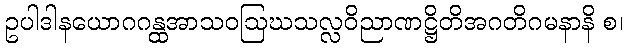
ဥပါဒါနယောဂဂန္ထအာသဝဩဃသလ္လဝိညာဏဋ္ဌိတိအဂတိဂမနာနိ စ၊